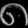
Digit: ၈